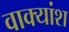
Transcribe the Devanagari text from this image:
वाक्‍यांश